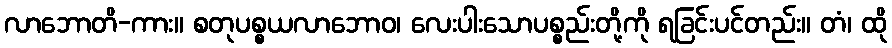
လာဘောတိ-ကား။ စတုပစ္စယလာဘောဝ၊ လေးပါးသောပစ္စည်းတို့ကို ရခြင်းပင်တည်း။ တံ၊ ထို